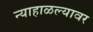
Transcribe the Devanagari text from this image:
न्याहाळल्यावर